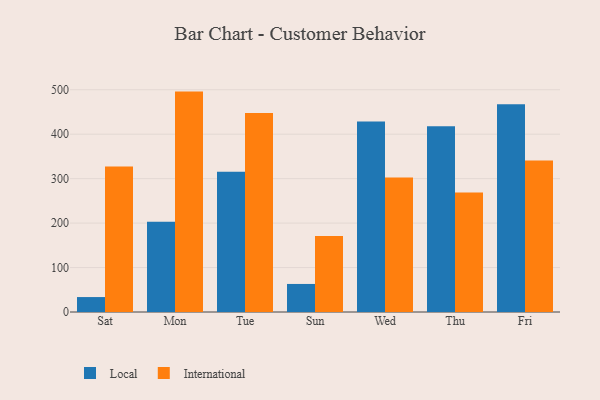
{"axis": {"x": "Day", "y": "Operating Costs (USD K)"}, "legend": ["International", "Local"], "data": [{"x": "Sat", "y": 33.6, "type": "Local"}, {"x": "Sat", "y": 327.2, "type": "International"}, {"x": "Mon", "y": 203.2, "type": "Local"}, {"x": "Mon", "y": 495.8, "type": "International"}, {"x": "Tue", "y": 315.3, "type": "Local"}, {"x": "Tue", "y": 447.5, "type": "International"}, {"x": "Sun", "y": 63.1, "type": "Local"}, {"x": "Sun", "y": 171.0, "type": "International"}, {"x": "Wed", "y": 428.4, "type": "Local"}, {"x": "Wed", "y": 302.3, "type": "International"}, {"x": "Thu", "y": 417.8, "type": "Local"}, {"x": "Thu", "y": 268.7, "type": "International"}, {"x": "Fri", "y": 467.2, "type": "Local"}, {"x": "Fri", "y": 340.9, "type": "International"}]}